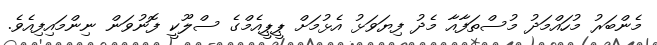
މެންބަރު މުހައްމަދު މުސްތަފާއާ މެދު ފިޔަވަޅު އެޅުމަށް ޕީޕީއެމްގެ ސްލޫކީ ފޮނުވަން ނިންމައިފިއެވެ.